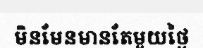
មិនមែនមានតែមួយថ្ងៃ